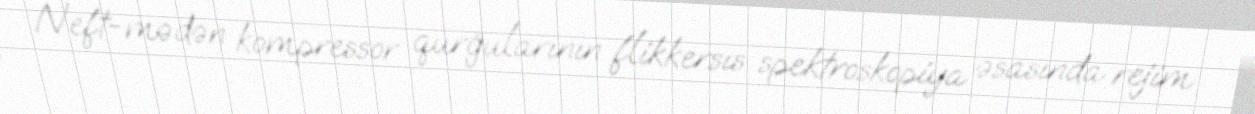
Neft-mədən kompressor qurğularının flikkersıs spektroskopiya əsasında rejim